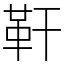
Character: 靬